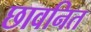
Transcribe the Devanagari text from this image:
छावनित